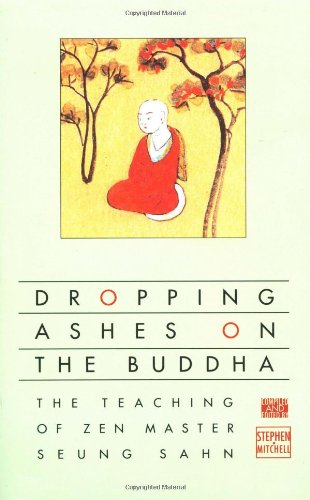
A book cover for Dropping Ashes on the Buddha: The Teachings of Zen Master Seung Sahn; Zen Master Seung Sahn; Religion & Spirituality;